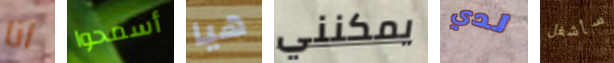
انا أسمحوا هيا يمكنني لدي سأشغل